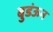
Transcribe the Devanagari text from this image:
बुडंऊन